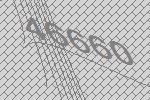
46660